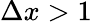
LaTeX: \Delta x>1